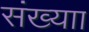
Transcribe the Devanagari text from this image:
संख्याा